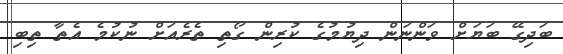
ބަދިގޭ ބަޔަށް ވަންނަން ދިޔުމުގެ ކުރިން ގޯތި ތެރެއަށް ނުކުމެ އެތާ ތިބި